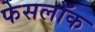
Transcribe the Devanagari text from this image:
फेसलॉक